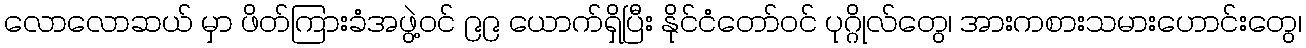
လောလောဆယ် မှာ ဖိတ်ကြားခံအဖွဲ့ဝင် ၉၉ ယောက်ရှိပြီး နိုင်ငံတော်ဝင် ပုဂ္ဂိုလ်တွေ၊ အားကစားသမားဟောင်းတွေ၊